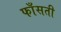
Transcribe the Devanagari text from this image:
फाँसती